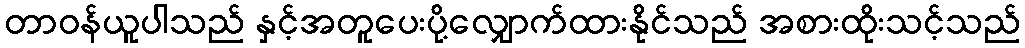
တာဝန်ယူပါသည် နှင့်အတူပေးပို့လျှောက်ထားနိုင်သည် အစားထိုးသင့်သည်